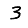
Digit: 3